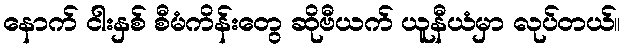
နောက် ငါးနှစ် စီမံကိန်းတွေ ဆိုဗီယက် ယူနီယံမှာ လုပ်တယ်။